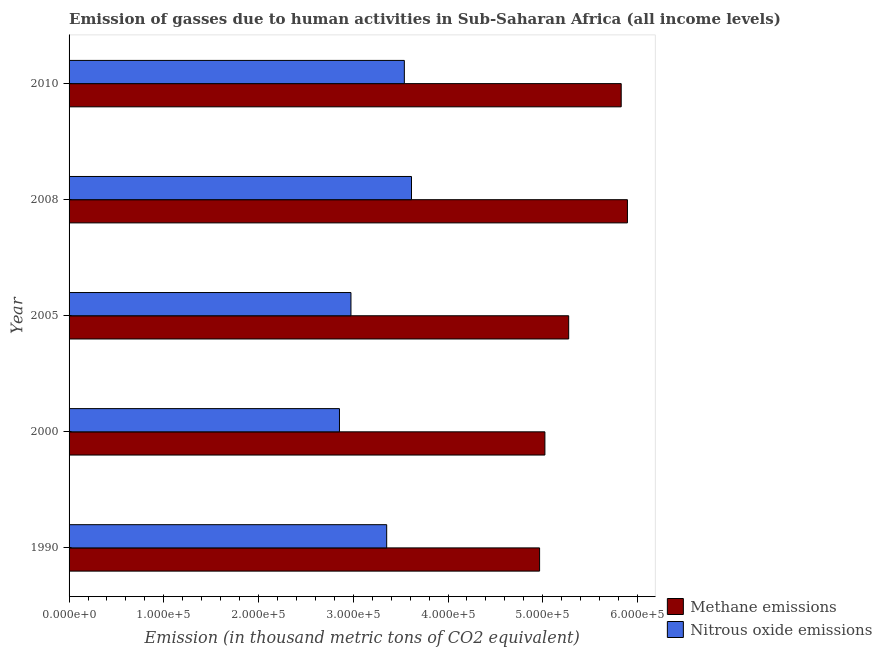
| Year | Methane emissions | Nitrous oxide emissions |
 | --- | --- | --- |
 | 1990 | 4.97e+05 | 3.35e+05 |
 | 2000 | 5.02e+05 | 2.85e+05 |
 | 2005 | 5.27e+05 | 2.98e+05 |
 | 2008 | 5.89e+05 | 3.61e+05 |
 | 2010 | 5.83e+05 | 3.54e+05 |